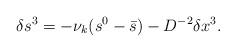
LaTeX: \begin{align*}\delta s^3 = -\nu_k (s^0 - \bar{s}) - D^{-2} \delta x^3.\end{align*}